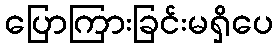
ပြောကြားခြင်းမရှိပေ